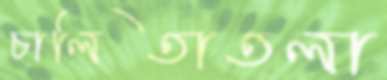
চালিতাতলা